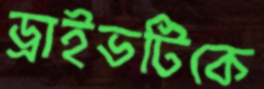
ড্রাইভটিকে